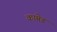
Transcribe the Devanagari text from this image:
काम्रेड